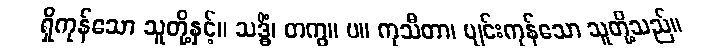
ရှိကုန်သော သူတို့နှင့်။ သဒ္ဓိံ၊ တကွ။ ပ။ ကုသီတာ၊ ပျင်းကုန်သော သူတို့သည်။